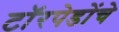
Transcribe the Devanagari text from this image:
टॉरपेडोंचे